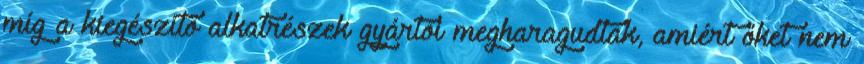
míg a kiegészítő alkatrészek gyártói megharagudtak, amiért őket nem